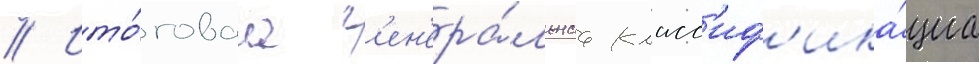
// Ито́говаа г'ен'ера́льнаа класс'иф'ика́циа